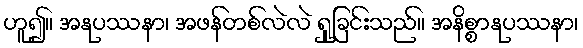
ဟူ၍။ အနုပဿနာ၊ အဖန်တစ်လဲလဲ ရှုခြင်းသည်။ အနိစ္စာနုပဿနာ၊